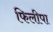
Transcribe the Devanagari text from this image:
फिलीपा